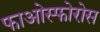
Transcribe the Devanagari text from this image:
फाओस्फोरोस